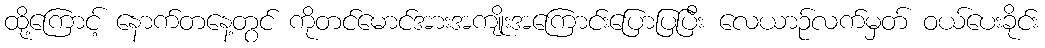
ထို့ကြောင့် နောက်တနေ့တွင် ကိုတင်မောင်အားအကျိုးအကြောင်းပြောပြပြီး လေယာဉ်လက်မှတ် ဝယ်ပေးခိုင်း